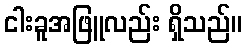
ငါးခူအဖြူလည်း ရှိသည်။